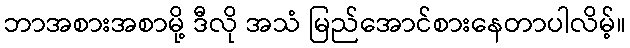
ဘာအစားအစာမို့ ဒီလို အသံ မြည်အောင်စားနေတာပါလိမ့်။